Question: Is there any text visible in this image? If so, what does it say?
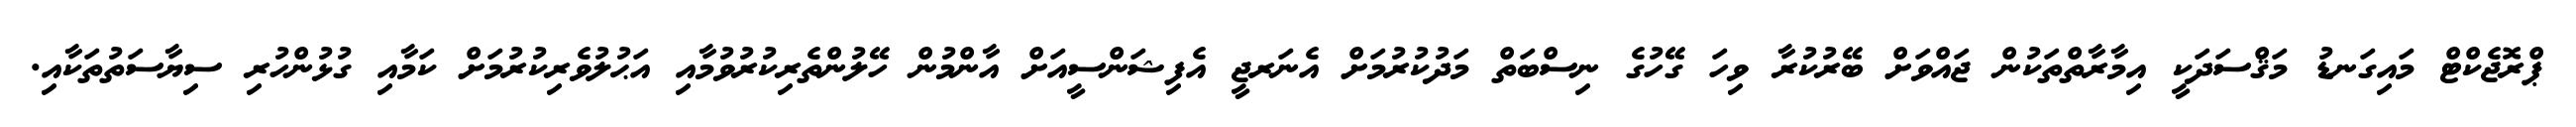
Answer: ޕްރޮޖެކްޓް މައިގަނޑު މަޤްސަދަކީ އިމާރާތްތަކުން ޖައްވަށް ބޭރުކުރާ ވިހަ ގޭހުގެ ނިސްބަތް މަދުކުރުމަށް އެނަރޖީ އެފިޝަންސީއަށް އާންމުން ހޭލުންތެރިކުރުވުމާއި އަޙުލުވެރިކުރުމަށް ކަމާއި ގުޅުންހުރި ސިޔާސަތުތަކާއި.